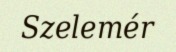
Szelemér